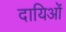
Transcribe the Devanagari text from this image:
दायिओं